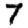
Digit: 7